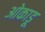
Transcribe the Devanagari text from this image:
ओकाडू